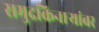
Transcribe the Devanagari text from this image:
समुद्रकिनाऱ्यांवर